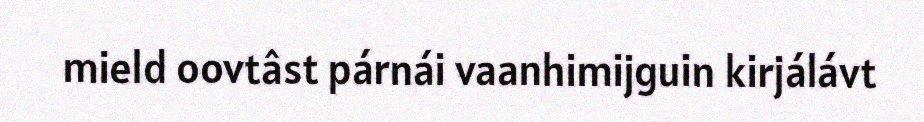
mield oovtâst párnái vaanhimijguin kirjálávt